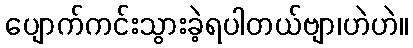
ပျောက်ကင်းသွားခဲ့ရပါတယ်ဗျာ၊ဟဲဟဲ။